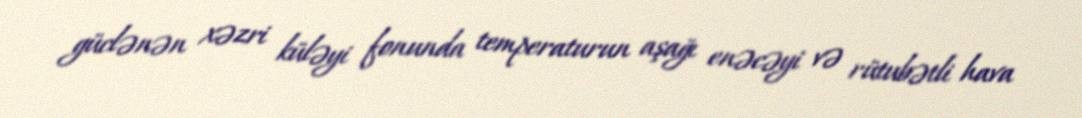
güclənən xəzri küləyi fonunda temperaturun aşağı enəcəyi və rütubətli hava